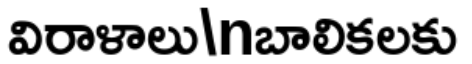
విరాళాలు\nబాలికలకు